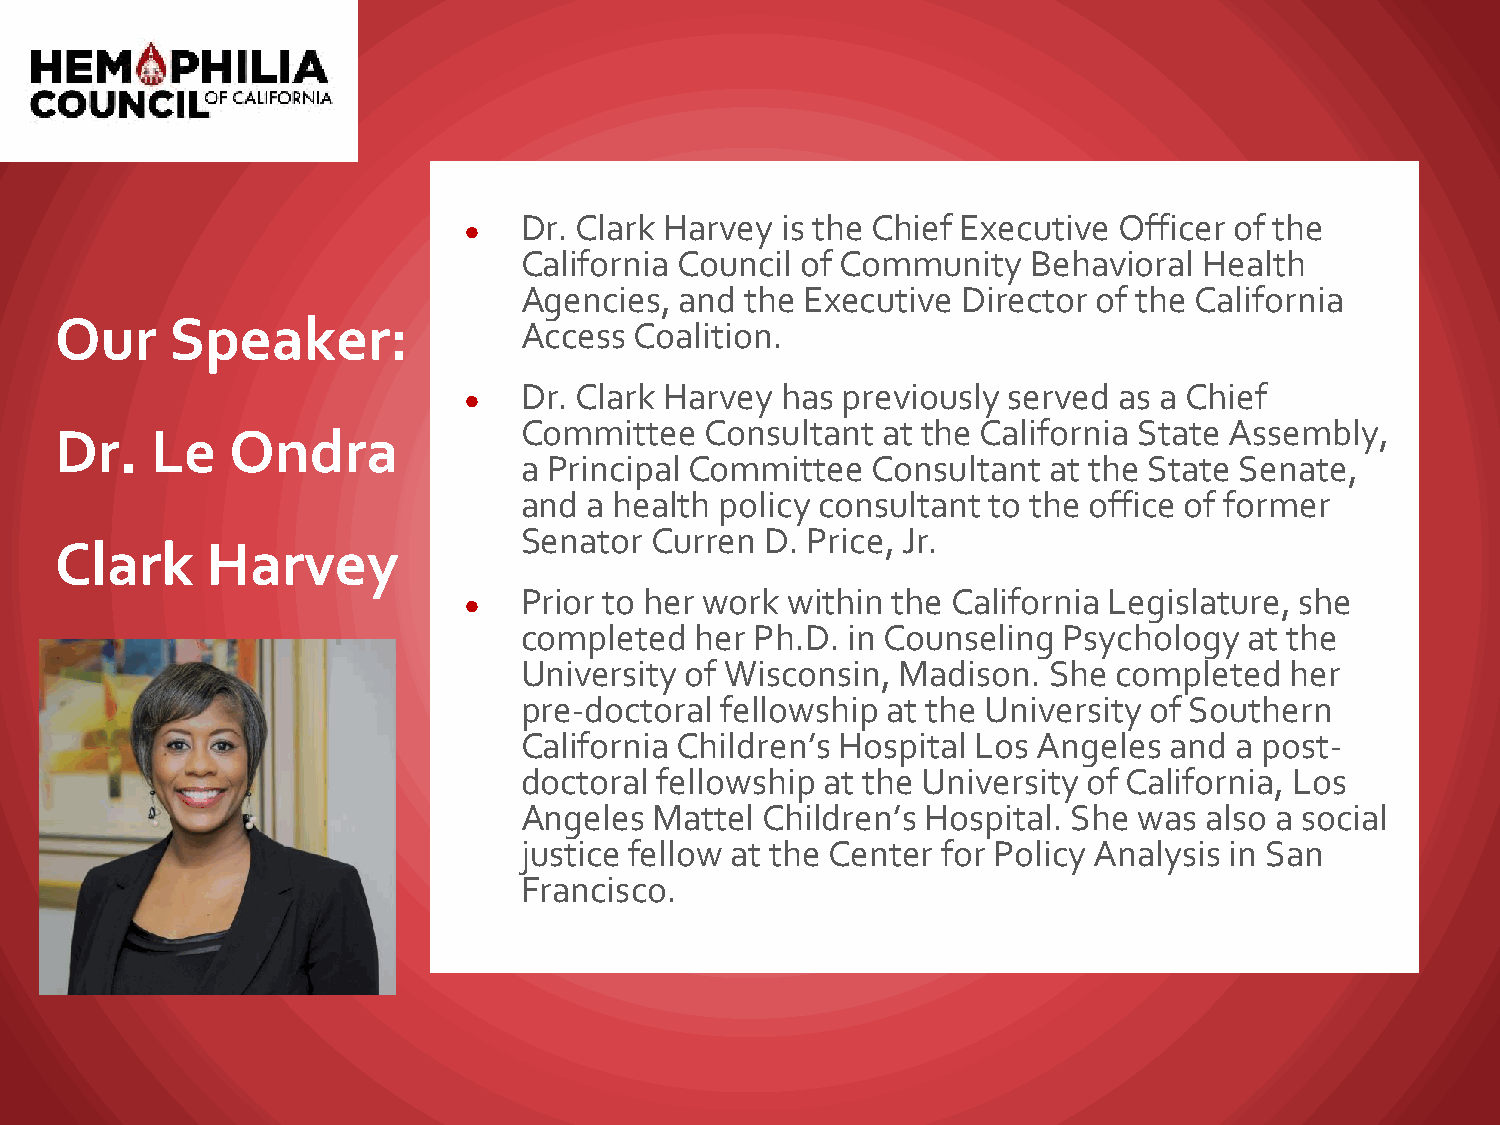
Dr. Clark Harvey  is the Chief Executive Officer of the
 ●
 California Council of Community   Behavioral  Health
 Agencies,  and the Executive  Director of the California
 Our    Speaker:
 Access  Coalition.
 Dr. Clark Harvey  has previously served as a Chief
 ●
 Committee    Consultant at the California State Assembly,
 Dr.   Le   Ondra
 a Principal Committee   Consultant at the State Senate,
 and  a health policy consultant to the office of former
 Senator  Curren  D. Price, Jr.
 Clark     Harvey
 Prior to her work within the California Legislature, she
 ●
 completed   her Ph.D. in Counseling Psychology   at the
 University of Wisconsin,  Madison. She  completed  her
 pre-doctoral  fellowship at the University of Southern
 California Children’s Hospital Los Angeles and  a post-
 doctoral  fellowship at the University of California, Los
 Angeles  Mattel  Children’s Hospital. She was also a social
 justice fellow at the Center for Policy Analysis in San
 Francisco.